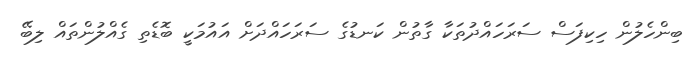
ބިންހެލުން ހިކިފަސް ސަރަހައްދުތަކާ ގާތުން ކަނޑުގެ ސަރަހައްދަށް އައުމަކީ ބޮޑެތި ގެއްލުންތައް ލިބޭ